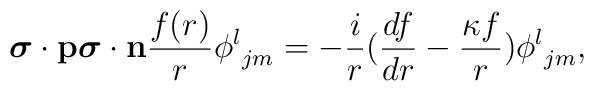
{{\mbox{\boldmath $\sigma$}}\cdot{\bf p}}{{\mbox{\boldmath $\sigma$}}\cdot{\bf n}}{f(r)\over r}{\phi^l}_{jm}=-{i\over r}({df\over dr}-{\kappa f\over r}){\phi^l}_{jm},